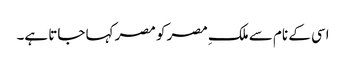
اسی کے نام سے ملکِ مصر کو مصر کہا جاتا ہے۔